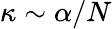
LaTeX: \kappa\sim\alpha/N